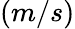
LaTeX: \left(m/s\right)